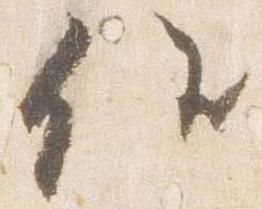
候